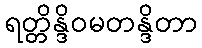
ရတ္တိန္ဒိဝမတန္ဒိတာ